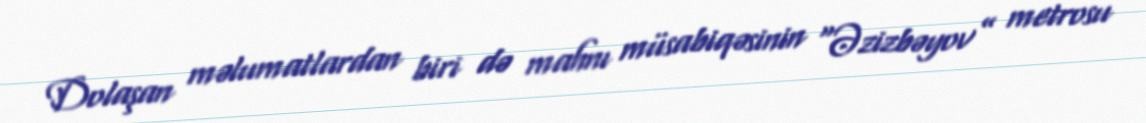
Dolaşan məlumatlardan biri də mahnı müsabiqəsinin “Əzizbəyov” metrosu